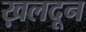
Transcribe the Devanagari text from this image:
ख़लदून